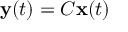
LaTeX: \begin{array} { r l } { \operatorname { d i v } \operatorname { g r a d } \varphi } & { { } = \nabla \cdot ( \nabla \varphi ) } \end{array}